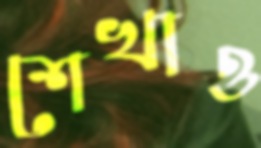
শেখাও